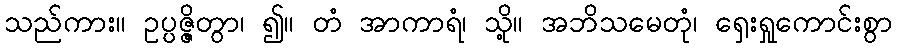
သည်ကား။ ဥပ္ပဇ္ဇိတွာ၊ ၍။ တံ အာကာရံ၊ သို့။ အဘိသမေတုံ၊ ရှေးရှုကောင်းစွာ